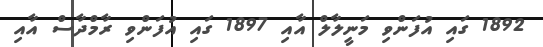
1892 ގައި އުފަންވި މަނީލާލް އާއި 1897 ގައި އުފަންވި ރާމްދާސް އާއި